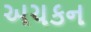
અચકન